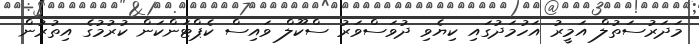
މަދަރުސަތުލް އަމީރު އަހުމަދުގައި ކިޔެވި ދުވަސްވަރު ސްކޫލް ވައިސް ކެޕްޓަންކަން ކުރުމުގެ އިތުރުން